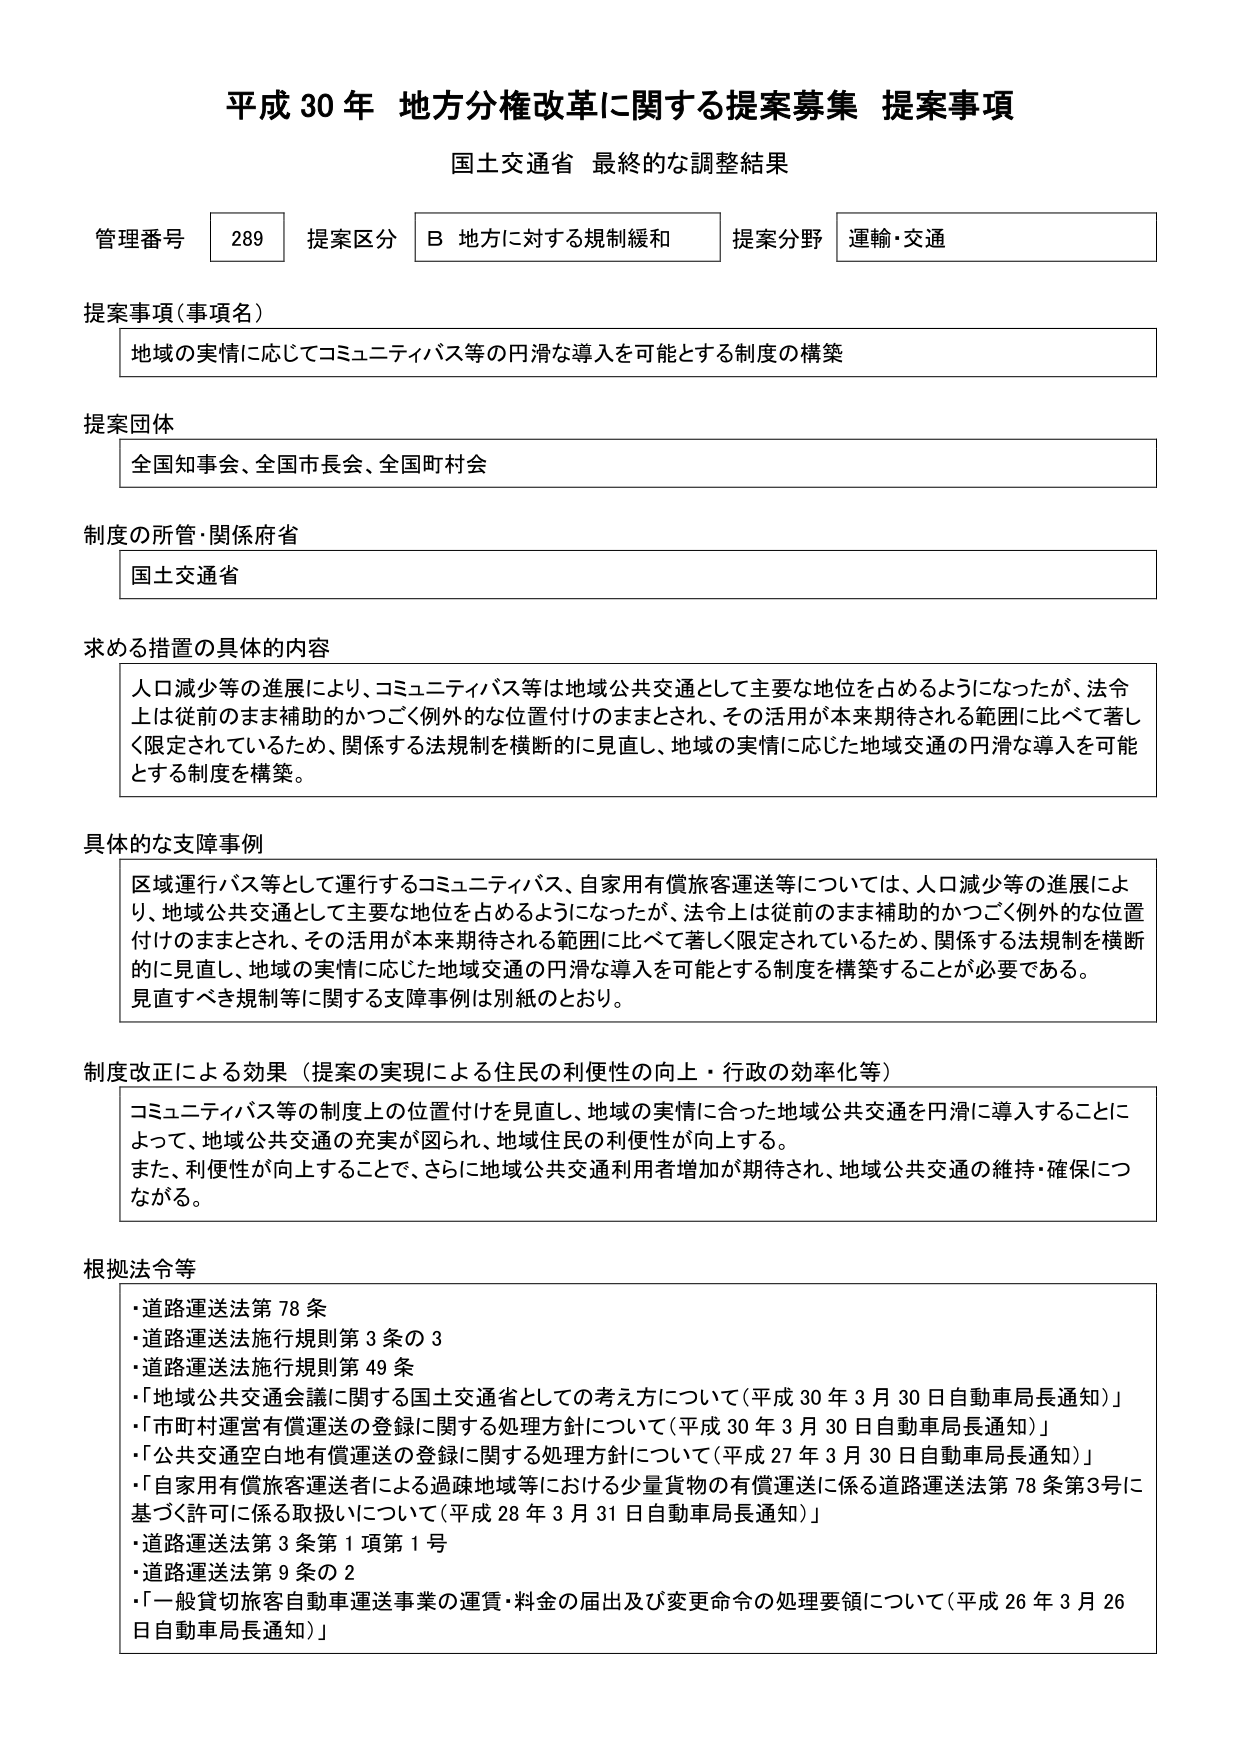
平成30年 地方分権改革に関する提案募集 提案事項
国土交通省 最終的な調整結果

管理番号 289 提案区分 B 地方に対する規制緩和 提案分野 運輸・交通

提案事項（事項名）
地域の実情に応じてコミュニティバス等の円滑な導入を可能とする制度の構築

提案団体
全国知事会、全国市長会、全国町村会

制度の所管・関係府省
国土交通省

求める措置の具体的な内容
人口減少等の進展により、コミュニティバス等は地域公共交通として主要な地位を占めるようになったが、法令上は従前のまま補助的かつごく例外的な位置付けのままとされ、その活用が本来期待される範囲に比べて著しく限定されているため、関係する法規制を横断的に見直し、地域の実情に応じた地域交通の円滑な導入を可能とする制度を構築。

具体的な支障事例
区域運行バス等として運行するコミュニティバス、自家用有償旅客運送等については、人口減少等の進展により、地域公共交通として主要な地位を占めるようになったが、法令上は従前のまま補助的かつごく例外的な位置付けのままとされ、その活用が本来期待される範囲に比べて著しく限定されているため、関係する法規制を横断的に見直し、地域の実情に応じた地域交通の円滑な導入を可能とする制度を構築することが必要である。
見直すべき規制等に関する支障事例は別紙のとおり。

制度改正による効果（提案の実現による住民の利便性の向上・行政の効率化等）
コミュニティバス等の制度上の位置付けを見直し、地域の実情に合った地域公共交通を円滑に導入することによって、地域公共交通の充実が図られ、地域住民の利便性が向上する。
また、利便性が向上することで、さらに地域公共交通利用者増加が期待され、地域公共交通の維持・確保につながる。

根拠法令等
・道路運送法第78条
・道路運送法施行規則第3条の3
・道路運送法施行規則第49条
・「地域公共交通会議に関する国土交通省としての考え方について（平成30年3月30日自動車局長通知）」
・「市町村運営有償運送の登録に関する処理方針について（平成30年3月30日自動車局長通知）」
・「公共交通空白地有償運送の登録に関する処理方針について（平成27年3月30日自動車局長通知）」
・「自家用有償旅客運送者による過疎地域等における少量貨物の有償運送に係る道路運送法第78条第3号に基づく許可に係る取扱いについて（平成28年3月31日自動車局長通知）」
・道路運送法第3条第1項第1号
・道路運送法第9条の2
・「一般貸切旅客自動車運送事業の運賃・料金の届出及び変更命令の処理要領について（平成26年3月26日自動車局長通知）」